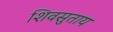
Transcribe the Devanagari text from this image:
शिवसुताय